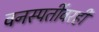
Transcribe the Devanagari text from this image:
वनस्पतींवरही